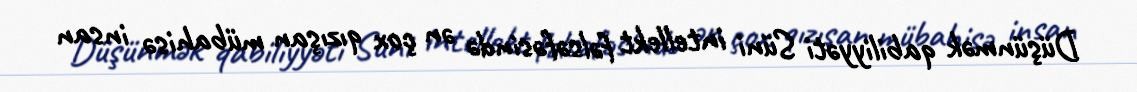
Düşünmək qabiliyyəti Süni intellekt fəlsəfəsində ən çox qızışan mübahisə insan